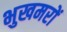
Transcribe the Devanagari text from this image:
भुखमरों